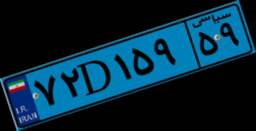
۷۲D۱۵۹۵۹